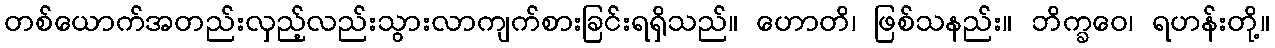
တစ်ယောက်အတည်းလှည့်လည်းသွားလာကျက်စားခြင်းရရှိသည်။ ဟောတိ၊ ဖြစ်သနည်း။ ဘိက္ခဝေ၊ ရဟန်းတို့။